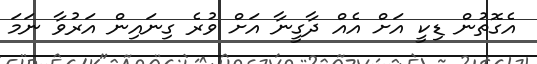
އެގޮތުން ޑިކީ އަށް އެއް ދާގީނާ އަށް ވުރެ ގިނައިން އަރުވާ ނަމަ